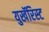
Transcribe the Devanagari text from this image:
युखॅरिस्ट